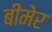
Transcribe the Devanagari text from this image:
बीमेर